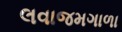
લવાજમગાળા